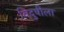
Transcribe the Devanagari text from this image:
विदुषीला